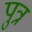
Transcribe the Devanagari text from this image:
पुत्र